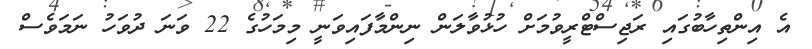
އެ އިންތިހާބުގައި ރަޖިސްޓްރީވުމަށް ހުޅުވާލަން ނިންމާފައިވަނީ މިމަހުގެ 22 ވަނަ ދުވަހު ނަމަވެސް